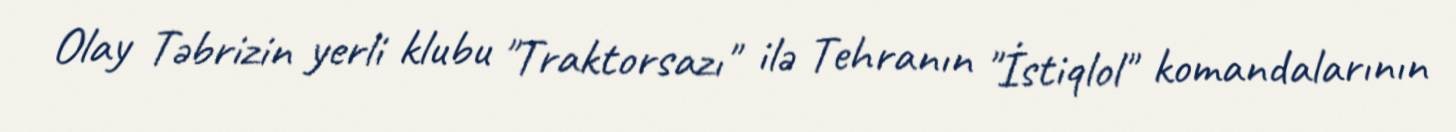
Olay Təbrizin yerli klubu "Traktorsazı" ilə Tehranın "İstiqlol" komandalarının